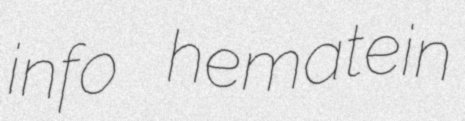
info hematein